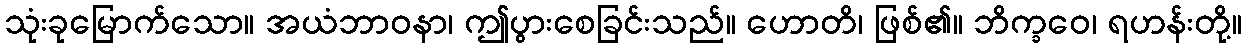
သုံးခုမြောက်သော။ အယံဘာဝနာ၊ ဤပွားစေခြင်းသည်။ ဟောတိ၊ ဖြစ်၏။ ဘိက္ခဝေ၊ ရဟန်းတို့။